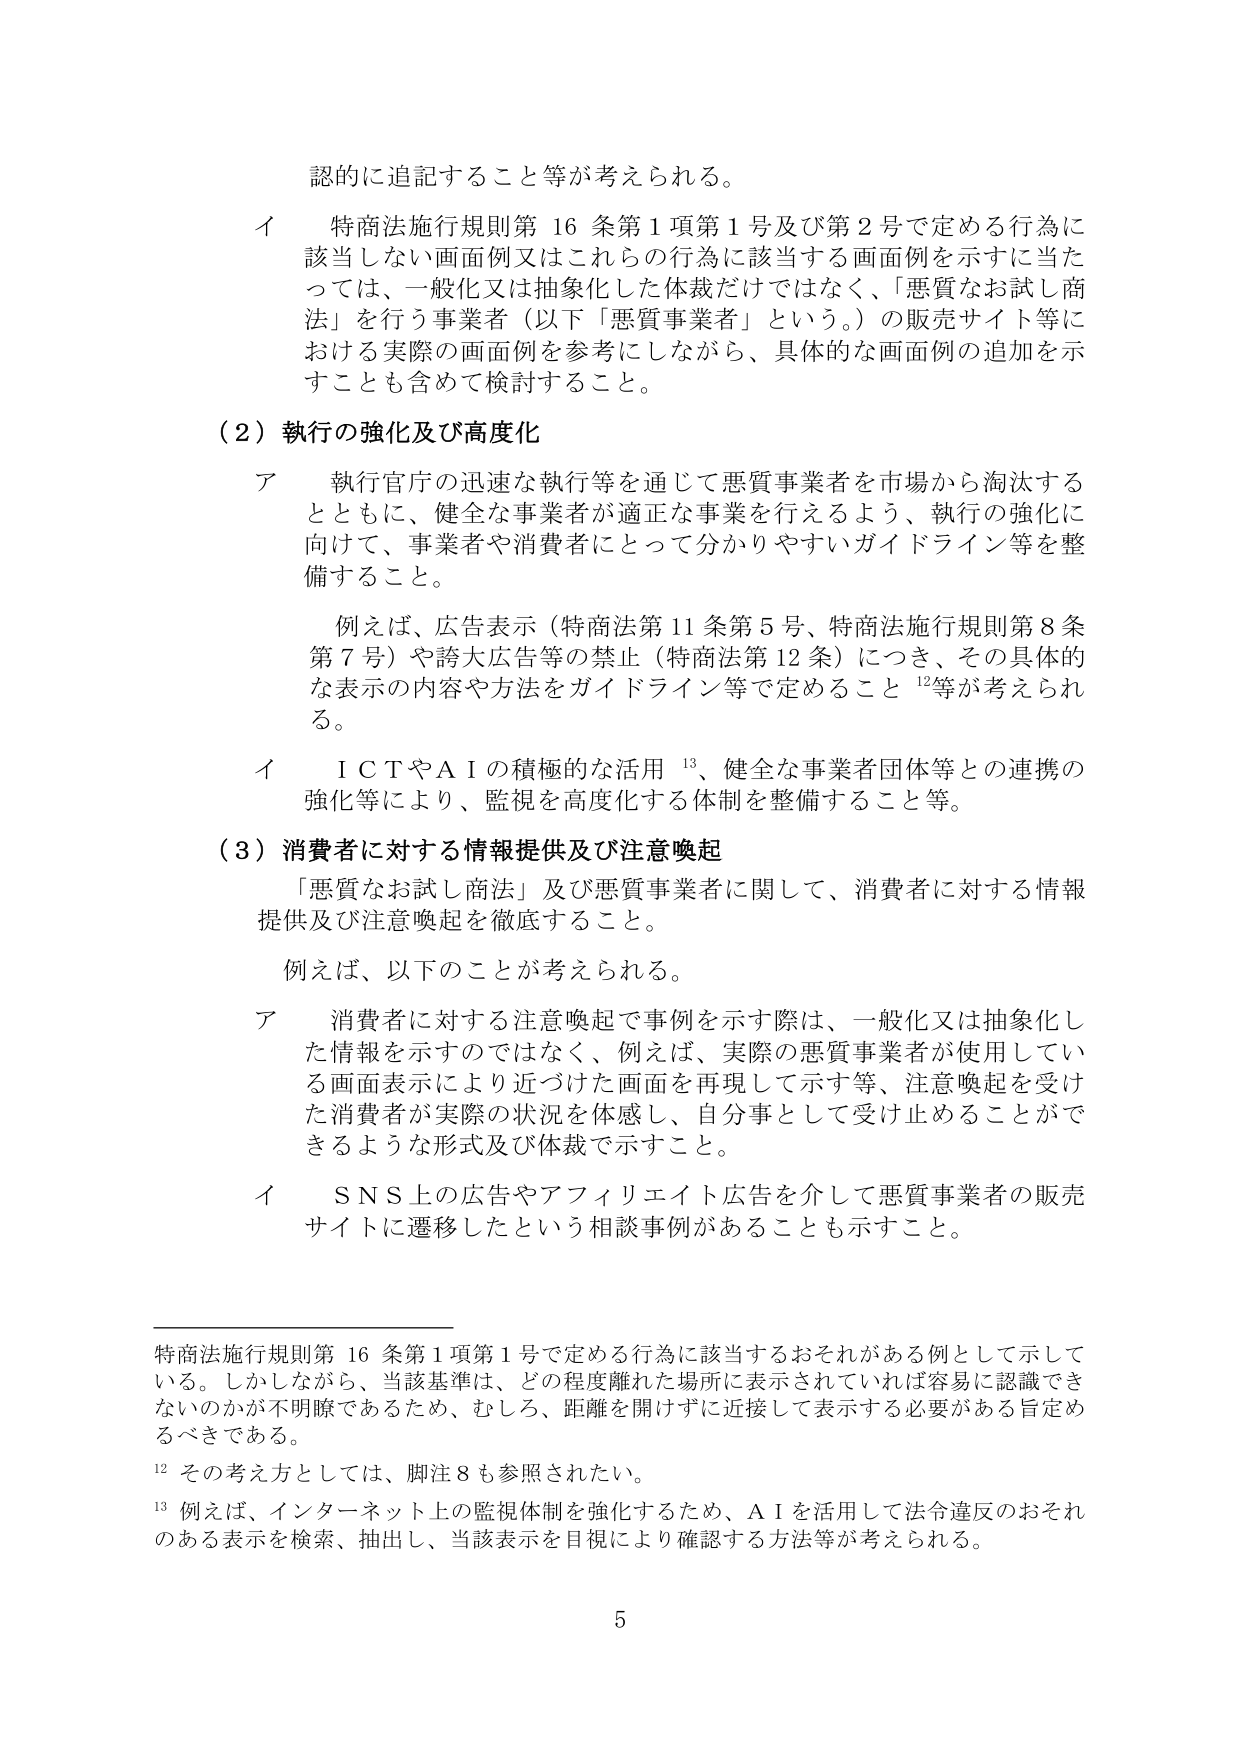
認的に追記すること等が考えられる。

イ　特商法施行規則第16条第1項第1号及び第2号で定める行為に該当しない画面例又はこれらの行為に該当する画面例を示すに当たっては、一般化又は抽象化した体裁だけではなく、「悪質なお試し商法」を行う事業者（以下「悪質事業者」という。）の販売サイト等における実際の画面例を参考にしながら、具体的な画面例の追加を示すことも含めて検討すること。

（2）執行の強化及び高度化

ア　執行官庁の迅速な執行等を通じて悪質事業者を市場から淘汰するとともに、健全な事業者が適正な事業を行えるよう、執行の強化に向けて、事業者や消費者にとって分かりやすいガイドライン等を整備すること。

　　例えば、広告表示（特商法第11条第5号、特商法施行規則第8条第7号）や誇大広告等の禁止（特商法第12条）につき、その具体的な表示の内容や方法をガイドライン等で定めること¹²等が考えられる。

イ　ＩＣＴやＡＩの積極的な活用¹³、健全な事業者団体等との連携の強化等により、監視を高度化する体制を整備すること等。

（3）消費者に対する情報提供及び注意喚起

　　「悪質なお試し商法」及び悪質事業者に関して、消費者に対する情報提供及び注意喚起を徹底すること。

　　例えば、以下のことが考えられる。

ア　消費者に対する注意喚起で事例を示す際は、一般化又は抽象化した情報を示すのではなく、例えば、実際の悪質事業者が使用している画面表示により近づけた画面を再現して示す等、注意喚起を受けた消費者が実際の状況を体感し、自分事として受け止めることができるような形式及び体裁で示すこと。

イ　ＳＮＳ上の広告やアフィリエイト広告を介して悪質事業者の販売サイトに遷移したという相談事例があることも示すこと。

─────────────────────────────────────────────

特商法施行規則第16条第1項第1号で定める行為に該当するおそれがある例として示している。しかしながら、当該基準は、どの程度離れた場所に表示されていれば容易に認識できないのかが不明瞭であるため、むしろ、距離を開けずに近接して表示する必要がある旨定めるべきである。

¹² その考え方としては、脚注8も参照されたい。

¹³ 例えば、インターネット上の監視体制を強化するため、ＡＩを活用して法令違反のおそれのある表示を検索、抽出し、当該表示を目視により確認する方法等が考えられる。

5